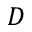
D